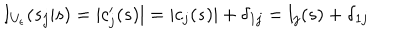
I _ { U _ { \epsilon } } ( s _ { j } | s ) = | c _ { j } ^ { \prime } ( s ) | = | c _ { j } ( s ) | + \delta _ { 1 j } = l _ { j } ( s ) + \delta _ { 1 j }